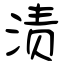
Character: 渍